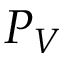
P _ { V }